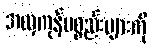
အလှကုန်ပစ္စည်းများကို